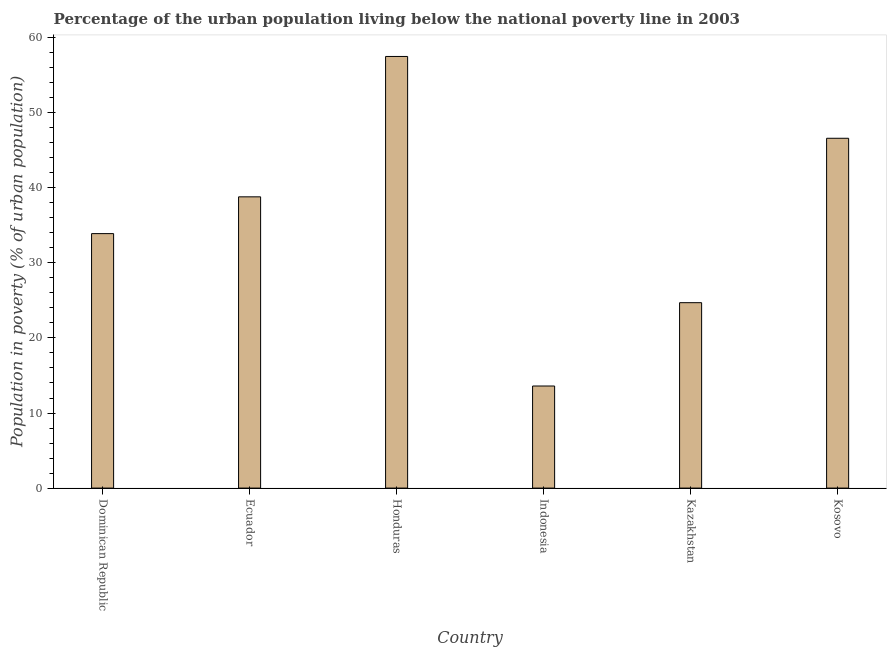
| Country | Urban poverty headcount ratio |
 | --- | --- |
 | Dominican Republic | 33.9 |
 | Ecuador | 38.8 |
 | Honduras | 57.5 |
 | Indonesia | 13.6 |
 | Kazakhstan | 24.7 |
 | Kosovo | 46.6 |